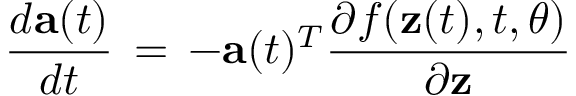
\frac { d \mathbf { a } ( t ) } { d t } \, = \, - \mathbf { a } ( t ) ^ { T } \frac { \partial f ( \mathbf { z } ( t ) , t , \theta ) } { \partial \mathbf { z } }